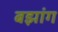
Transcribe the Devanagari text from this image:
बझांग